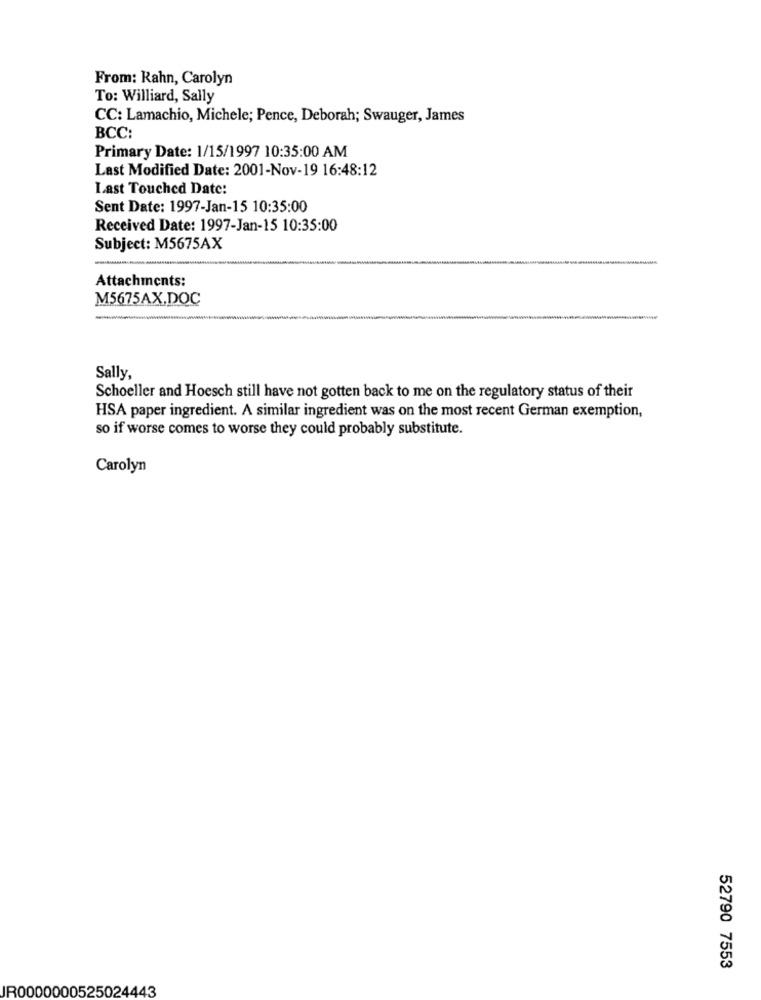
From: Rahn, Carolyn
To: Williard, Sally
CC: Lamachio, Michele; Pence, Deborah; Swauger, James
BCC:
Primary Date: 1/15/1997 10:35:00 AM
Last Modified Date: 2001-Nov-19 16:48:12
Last Touched Date:
Sent Date: 1997-Jan-15 10:35:00
Received Date: 1997-Jan-15 10:35:00
Subject: M5675AX
Attachments:
M5675AX.DOC
Sally,
Schoeller and Hoesch still have not gotten back to me on the regulatory status of their
HSA paper ingredient. A similar ingredient was on the most recent German exemption,
so if worse comes to worse they could probably substitute.
Carolyn
52790 7553
IR0000000525024443